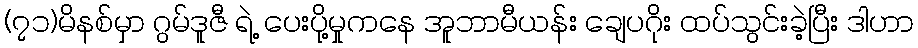
(၇၁)မိနစ်မှာ ဂွမ်ဒူဇီ ရဲ့ ပေးပို့မှုကနေ အူဘာမီယန်း ချေပဂိုး ထပ်သွင်းခဲ့ပြီး ဒါဟာ